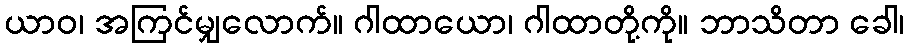
ယာဝ၊ အကြင်မျှလောက်။ ဂါထာယော၊ ဂါထာတို့ကို။ ဘာသိတာ ခေါ၊